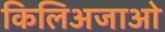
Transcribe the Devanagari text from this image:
किलिअजाओ